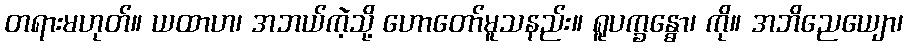
တရားမဟုတ်။ ယထာဟ၊ အဘယ်ကဲ့သို့ ဟောတော်မူသနည်း။ ရူပက္ခန္ဓော၊ ကို။ အဘိညေယျော၊